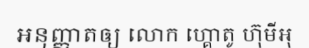
អនុញ្ញាតឲ្យ លោក ហ្គោតូ ហ៊ុមីអុ